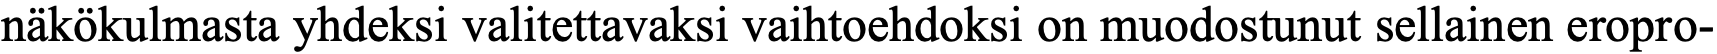
näkökulmasta yhdeksi valitettavaksi vaihtoehdoksi on muodostunut sellainen eropro-